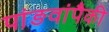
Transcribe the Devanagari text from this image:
पांङवांपैकी